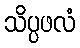
သိပ္ပဖလံ